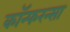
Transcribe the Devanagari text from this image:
कॉन्फरन्सा